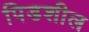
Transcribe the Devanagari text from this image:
पिडशील